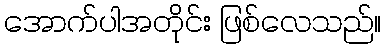
အောက်ပါအတိုင်း ဖြစ်လေသည်။